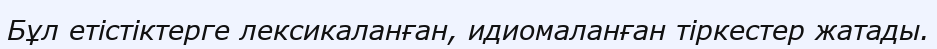
Бұл етістіктерге лексикаланған, идиомаланған тіркестер жатады.